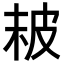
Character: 𤿖